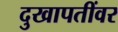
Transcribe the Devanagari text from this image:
दुखापतींवर